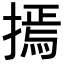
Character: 𢳃